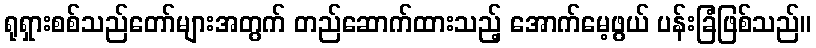
ရုရှားစစ်သည်တော်များအတွက် တည်ဆောက်ထားသည့် အောက်မေ့ဖွယ် ပန်းခြံဖြစ်သည်။